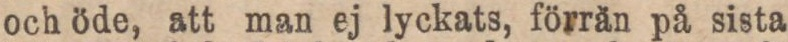
och öde, att man ej lyckats, förrän på sista